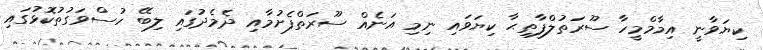
ކިޔަވާނީ އިމާމްމީހާ ސޫރަތުލްފާތިޙާ ކިޔަވައި ނިމި އަނެއް ސޫރަތްފެށުމާއި ދެމެދުގައި ލިބޭ ހުސްވަގުތުކޮޅުގައި